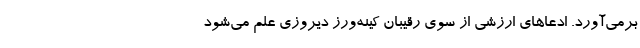
برمی‌آورد. ادعاهای ارزشی از سوی رقیبان کینه‌ورز دیروزی علم می‌شود